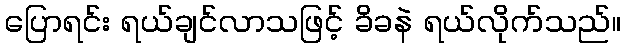
ပြောရင်း ရယ်ချင်လာသဖြင့် ခိခနဲ ရယ်လိုက်သည်။